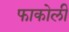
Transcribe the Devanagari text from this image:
फाकोली